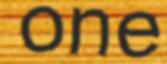
one